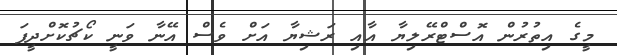
މީގެ އިތުރުން އޮސްޓްރޭލިޔާ އާއި ރަޝިޔާ އަށް ވެސް އޭނާ ވަނީ ކޯޗުކޮށްދީފަ